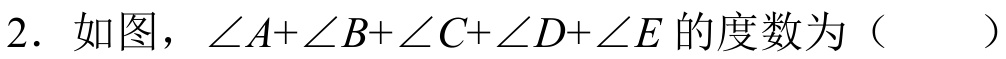
2．如图，$\angle A+\angle B+\angle C+\angle D+\angle E$的度数为（  ）